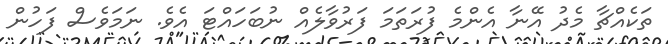
ތަކެއްޗާ މެދު އޭނާ އެންމެ ފުރަތަމަ ފަރުވާލެއް ނުބަހައްޓަ އެވެ. ނަމަވެސް ފަހުން